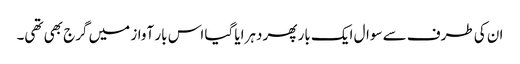
ان کی طرف سے سوال ایک بار پھر دہرایا گیا اس بار آواز میں گرج بھی تھی۔